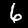
Digit: 6